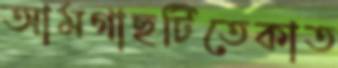
আমগাছটিতেকাত